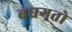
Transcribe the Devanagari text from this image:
बघगतो